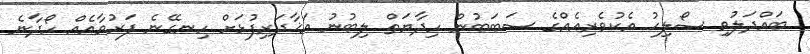
ބައްދަލުވި ޞޯލިޙު އެކުވެރިއެއްގެ ސަބަބުން ހިދާޔަތް ލިބުނު އަޚާދަރިފުޅަށް ހިނގޭނެ ފަރުވާއެއް ހޯދާނެ